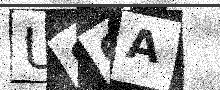
Text: U8CA